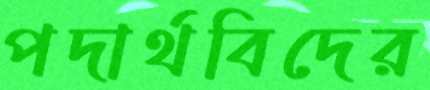
পদার্থবিদের